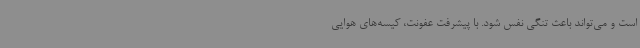
است و می‌تواند باعث تنگی نفس شود. با پیشرفت عفونت، کیسه‌های هوایی